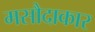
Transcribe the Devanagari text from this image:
मसौदाकार